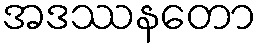
အဒဿနတော